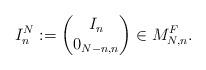
LaTeX: \begin{align*}I^N_n:=\begin{pmatrix}I_n \\0_{N-n,n}\end{pmatrix}\in M_{N,n}^F.\end{align*}